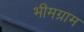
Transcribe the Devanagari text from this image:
भीमग्राम